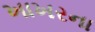
ખાખરના